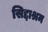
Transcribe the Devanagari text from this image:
सिद्दाश्रम